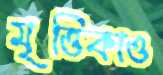
মৃত্তিকাও